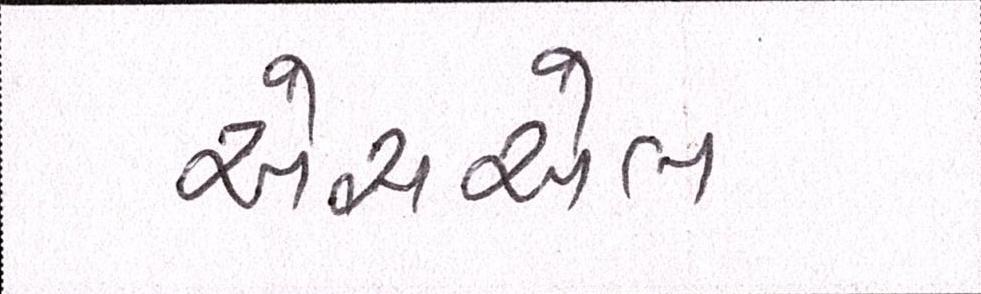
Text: એસએલ